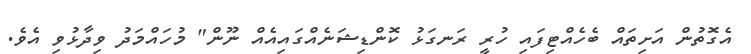
އެގޮތުން އަށިތައް ބެހެއްޓިފައި ހުރީ ރަނގަޅު ކޮންޑިޝަނެއްގައިއެއް ނޫން" މުހައްމަދު ވިދާޅުވި އެވެ.